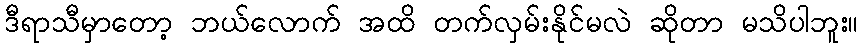
ဒီရာသီမှာတော့ ဘယ်လောက် အထိ တက်လှမ်းနိုင်မလဲ ဆိုတာ မသိပါဘူး။